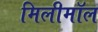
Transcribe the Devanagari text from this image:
मिलीमॉल